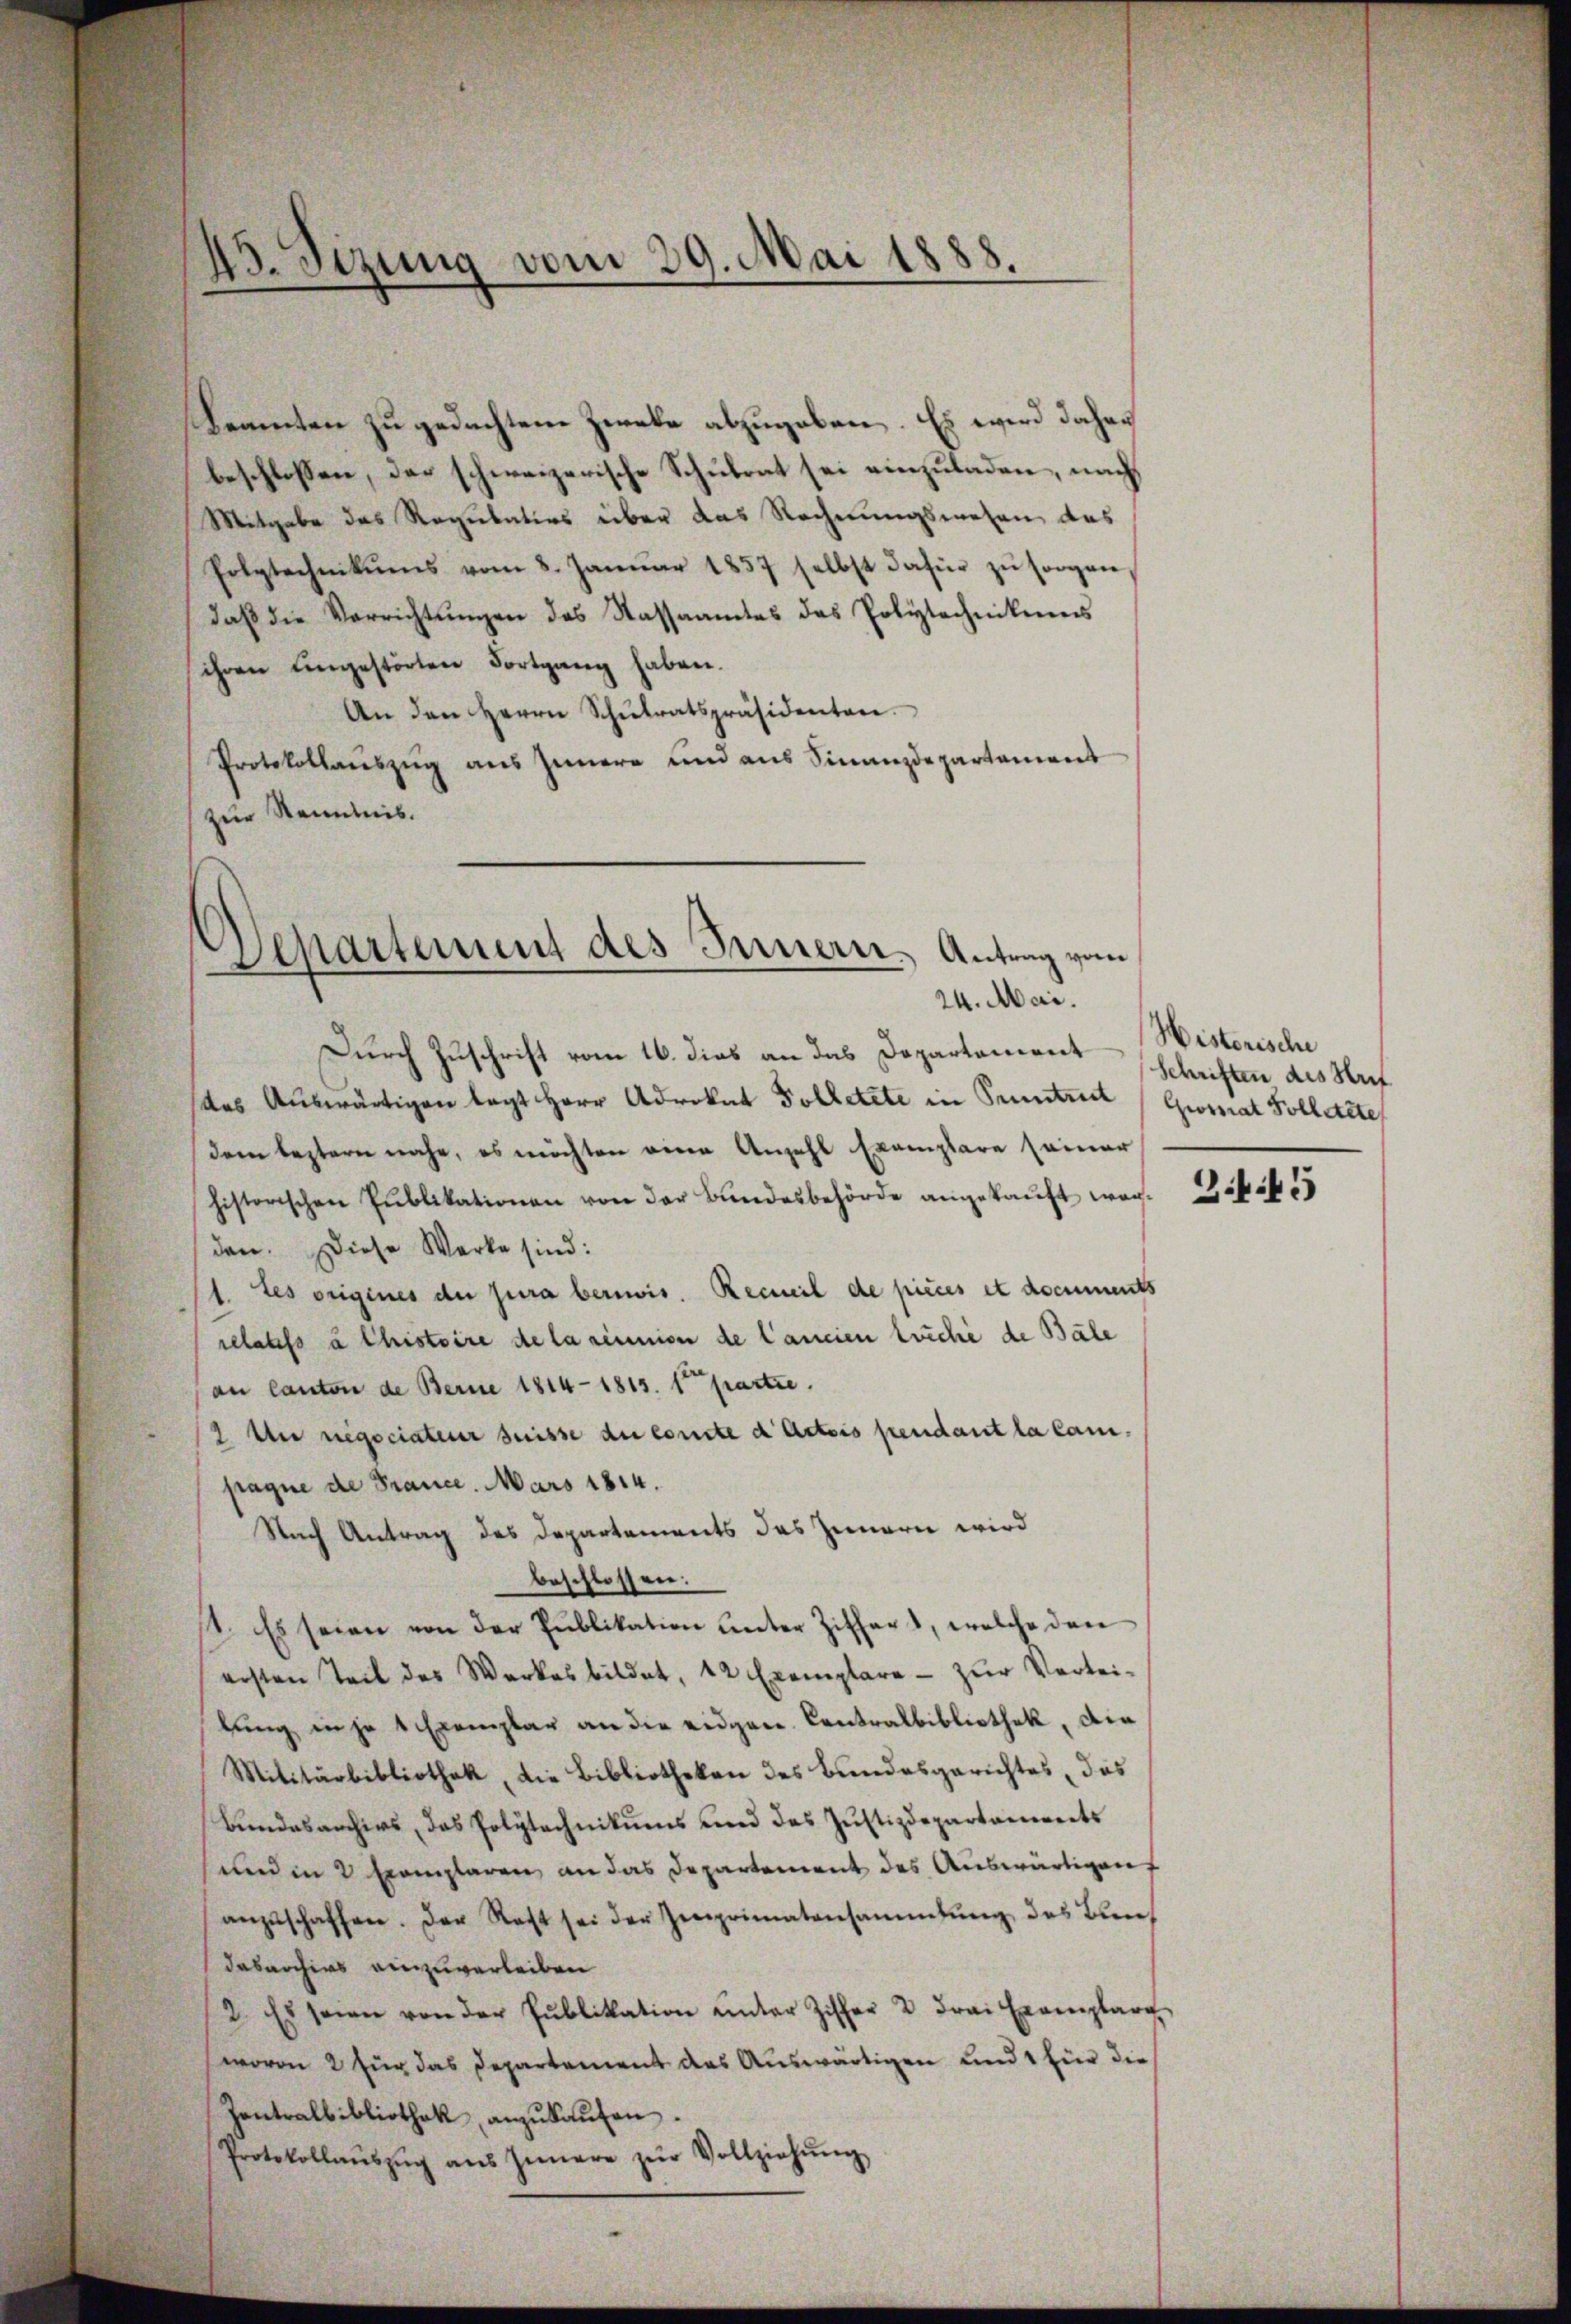
¬
45. Sizung vom 29. Mai 1888
8.

Beamten zu gedachtem Zweke abzugeben. Es wird daher
beschlossen, das schweizerische Schulrat sei einzuladen, nach
Mitgabe das Regulatios über das Rechnungswesen das
Polytechnikums vom 8. Janŭar 1857 selbst dafür zŭ sorgen,
daβ die Verrichtŭngen des Kassaamtes das Polytechnikums
ihren ungestörten Fortgang haben.
An den Herrn Schŭlratspräsidenten
Protokollauszug aus Innere und aus Finanzdepartamens
zur Kenntnis.

Departement des Innern, Antrag vom
24. Mai.

Durch Zuschrift vom 16. dies an das Departement
das Auswärtigen legt Herr Advokat Tolletete in Puntrut (Grossrat Solletzte
dem bestern nahe, es möchten eine Anzahl Exemplare seiner
historischen Publikationen von der Bundesbehörde angekauft worden. Diese Werke sind:
1. Les origenes der Jura bereis. Recueil de pieces et documents
sclatifs à Chistoire de la réunion de Cancien tuche de Bäle
an Canton de Berne 1814-1815. 1t partie.
2. Die negociateur suisse du conte d Actis pendant la Campagne de France. Mars 1814.
Stuch Antrag des Departements das Innern wird
beschlossen:
1. Es seien von der Publikation unter Ziffer, welche dan
ersten Teil des Werkes bildet, 12 Exemplare - zur Vertei-
lung in je 1 Exemplar an die eidgen. Contralbibliothek, die
Militärbibliothek, die Bibliotheken des Bundesgerichtes, das
Bundesarchirs, das Polytechnikums und das Justizdepartanwerts
und in 2 Exemplaren, an das Departement des Auswärtigen
anzŭschaffen. Der Rast sei der Zeprimatansammlung des Bun
dasarchirs einzuverleiben
2. Es seien von der Publikation ŭnter Zischer 2 Frai Exemplarg
wovon 2 für das Departement das Auswärtigen und 1 für die
Zontralbibliothek anzukaufen.
Protokollaŭszŭg ans Innere zŭr Vollziehŭng

Historische
Schriften des Krit

Z.1.45